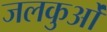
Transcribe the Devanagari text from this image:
जलकुओं